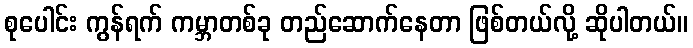
စုပေါင်း ကွန်ရက် ကမ္ဘာတစ်ခု တည်ဆောက်နေတာ ဖြစ်တယ်လို့ ဆိုပါတယ်။